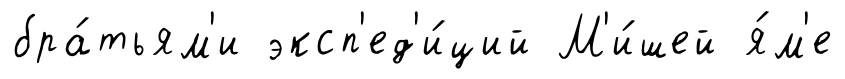
бра́тьям'и эксп'ед'и́ций М'и́шей я́м'е